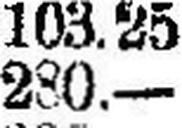
280.—